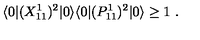
\langle 0 | ( X _ { 1 1 } ^ { 1 } ) ^ { 2 } | 0 \rangle \langle 0 | ( P _ { 1 1 } ^ { 1 } ) ^ { 2 } | 0 \rangle \geq 1 \ .